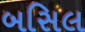
બસિલ